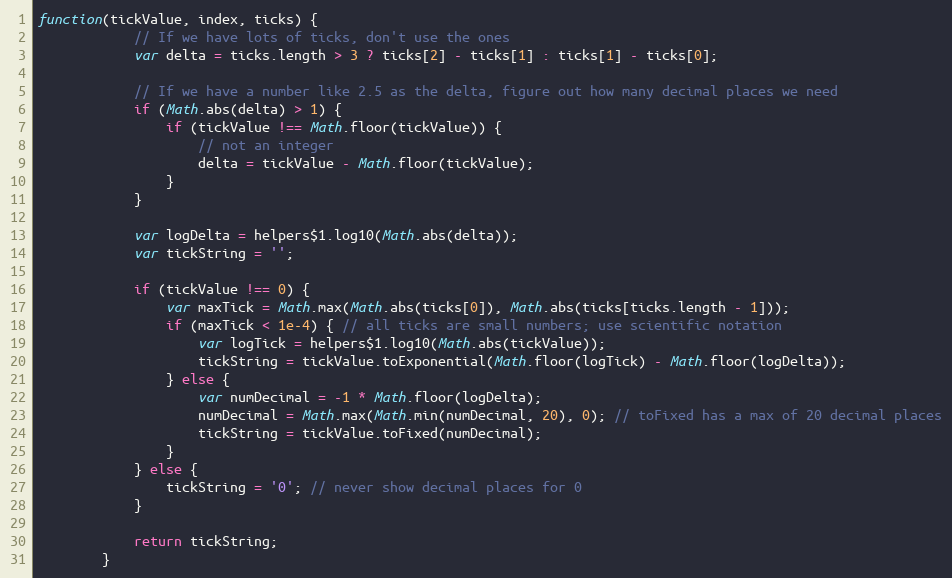
Language: JavaScript
function(tickValue, index, ticks) {
			// If we have lots of ticks, don't use the ones
			var delta = ticks.length > 3 ? ticks[2] - ticks[1] : ticks[1] - ticks[0];

			// If we have a number like 2.5 as the delta, figure out how many decimal places we need
			if (Math.abs(delta) > 1) {
				if (tickValue !== Math.floor(tickValue)) {
					// not an integer
					delta = tickValue - Math.floor(tickValue);
				}
			}

			var logDelta = helpers$1.log10(Math.abs(delta));
			var tickString = '';

			if (tickValue !== 0) {
				var maxTick = Math.max(Math.abs(ticks[0]), Math.abs(ticks[ticks.length - 1]));
				if (maxTick < 1e-4) { // all ticks are small numbers; use scientific notation
					var logTick = helpers$1.log10(Math.abs(tickValue));
					tickString = tickValue.toExponential(Math.floor(logTick) - Math.floor(logDelta));
				} else {
					var numDecimal = -1 * Math.floor(logDelta);
					numDecimal = Math.max(Math.min(numDecimal, 20), 0); // toFixed has a max of 20 decimal places
					tickString = tickValue.toFixed(numDecimal);
				}
			} else {
				tickString = '0'; // never show decimal places for 0
			}

			return tickString;
		}